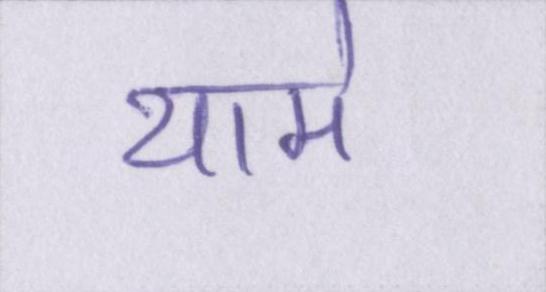
थामे